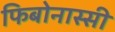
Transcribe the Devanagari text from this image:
फिबोनास्सी